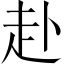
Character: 赴